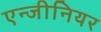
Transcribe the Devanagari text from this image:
एन्जीनियर